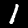
Digit: 1